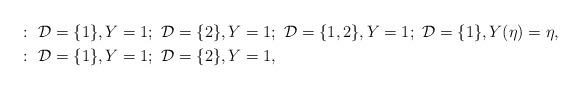
LaTeX: \begin{align*} :\ \ &\mathcal{D}=\{1\},Y=1; \ \mathcal{D}=\{2\},Y=1; \ \mathcal{D}=\{1,2\},Y=1; \ \mathcal{D}=\{1\},Y(\eta)=\eta,\\ :\ \ &\mathcal{D}=\{1\},Y=1; \ \mathcal{D}=\{2\},Y=1,\end{align*}